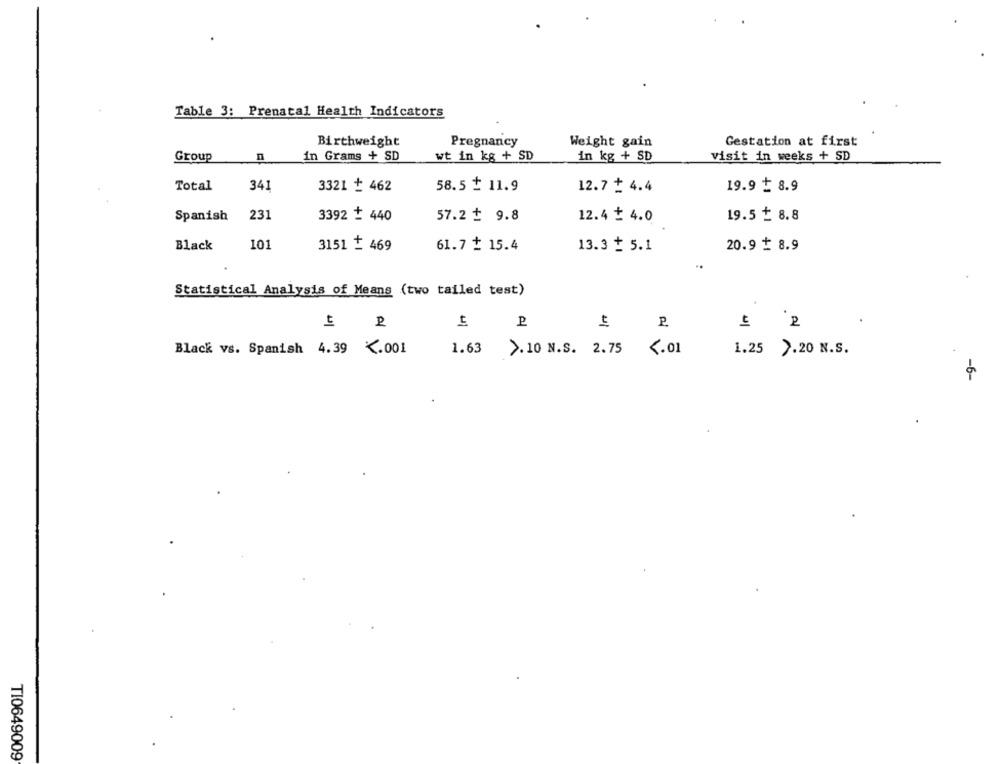
Table 3: Prenatal Health Indicators
Birthweight
Pregnancy
Weight gain
Gestation at first
Group
in Grams + SD
wt in kg + SD
in kg + SD
visit in weeks + SD
Total
341
3321 + 462
58.5 + 11.9
12.7 + 4.4
19.9 ₺ 8.9
231
Spanish
3392 + 440
57.2 ₺ 9.8
12.4 ₺ 4.0
19.5 ₺ 8.8
101
Black
3151 ₺ 469
61.7 + 15.4
13.3 + 5.1
20.9 + 8.9
..
Statistical Analysis of Means (two tailed test)
P.
Black vs. Spanish 4.39 <. 001
1.63 >.10 N.S. 2.75 <. 01
1.25 .20 N.S.
-6-
TI0649009